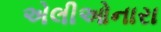
એલીઓનારા